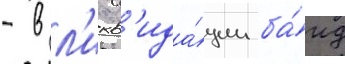
- в л'икв'ида́ции ба́нд